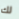
لك